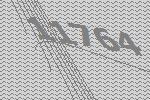
11764